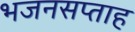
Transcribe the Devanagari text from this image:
भजनसप्‍ताह